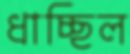
ধাচ্ছিল